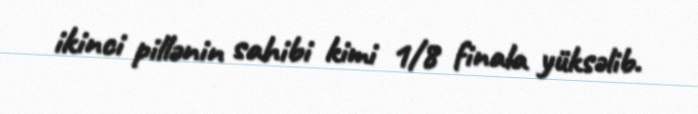
ikinci pillənin sahibi kimi 1/8 finala yüksəlib.